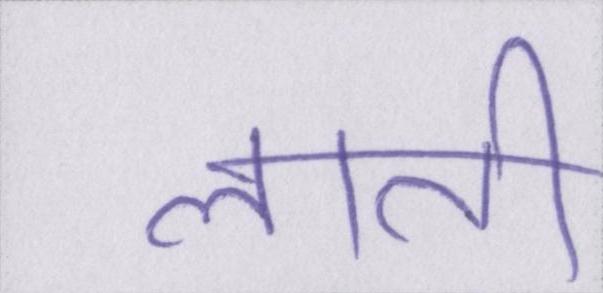
लाती